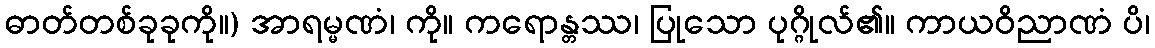
ဓာတ်တစ်ခုခုကို။) အာရမ္မဏံ၊ ကို။ ကရောန္တဿ၊ ပြုသော ပုဂ္ဂိုလ်၏။ ကာယဝိညာဏံ ပိ၊